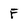
Character: F